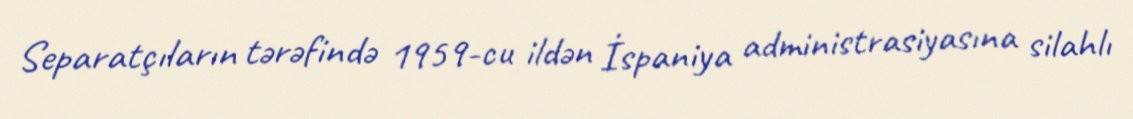
Separatçıların tərəfində 1959-cu ildən İspaniya administrasiyasına silahlı